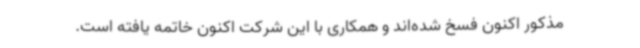
مذکور اکنون فسخ شده‌اند و همکاری با این شرکت اکنون خاتمه یافته است.